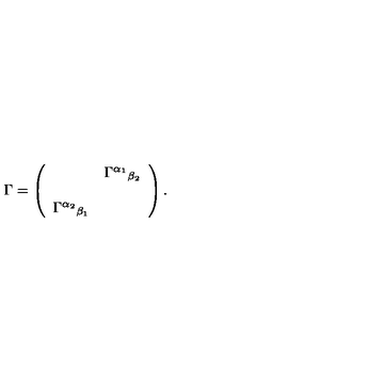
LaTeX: \Gamma = \left( \begin{array} { c c } { } & { \Gamma ^ { \alpha _ { 1 } } { } _ { \beta _ { 2 } } } \\ { } & { } \\ { \Gamma ^ { \alpha _ { 2 } } { } _ { \beta _ { 1 } } } & { } \\ \end{array} \right) .